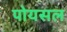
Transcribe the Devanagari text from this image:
पोयसल